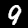
Digit: 9